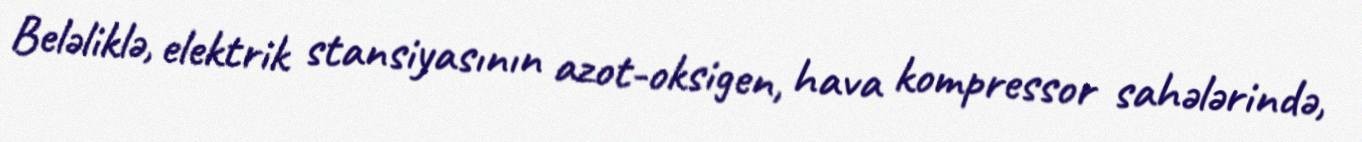
Beləliklə, elektrik stansiyasının azot-oksigen, hava kompressor sahələrində,